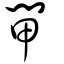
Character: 閘